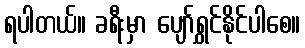
ရပါတယ်။ ခရီးမှာ ပျော်ရွှင်နိုင်ပါစေ။